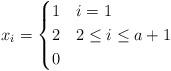
LaTeX: \begin{align*}x_i= \begin{cases}1&i=1\\2&2\leq i\leq a+1\\0 &\end{cases}\end{align*}